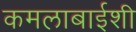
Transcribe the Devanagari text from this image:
कमलाबाईशी